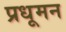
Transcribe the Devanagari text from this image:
प्रधूमन